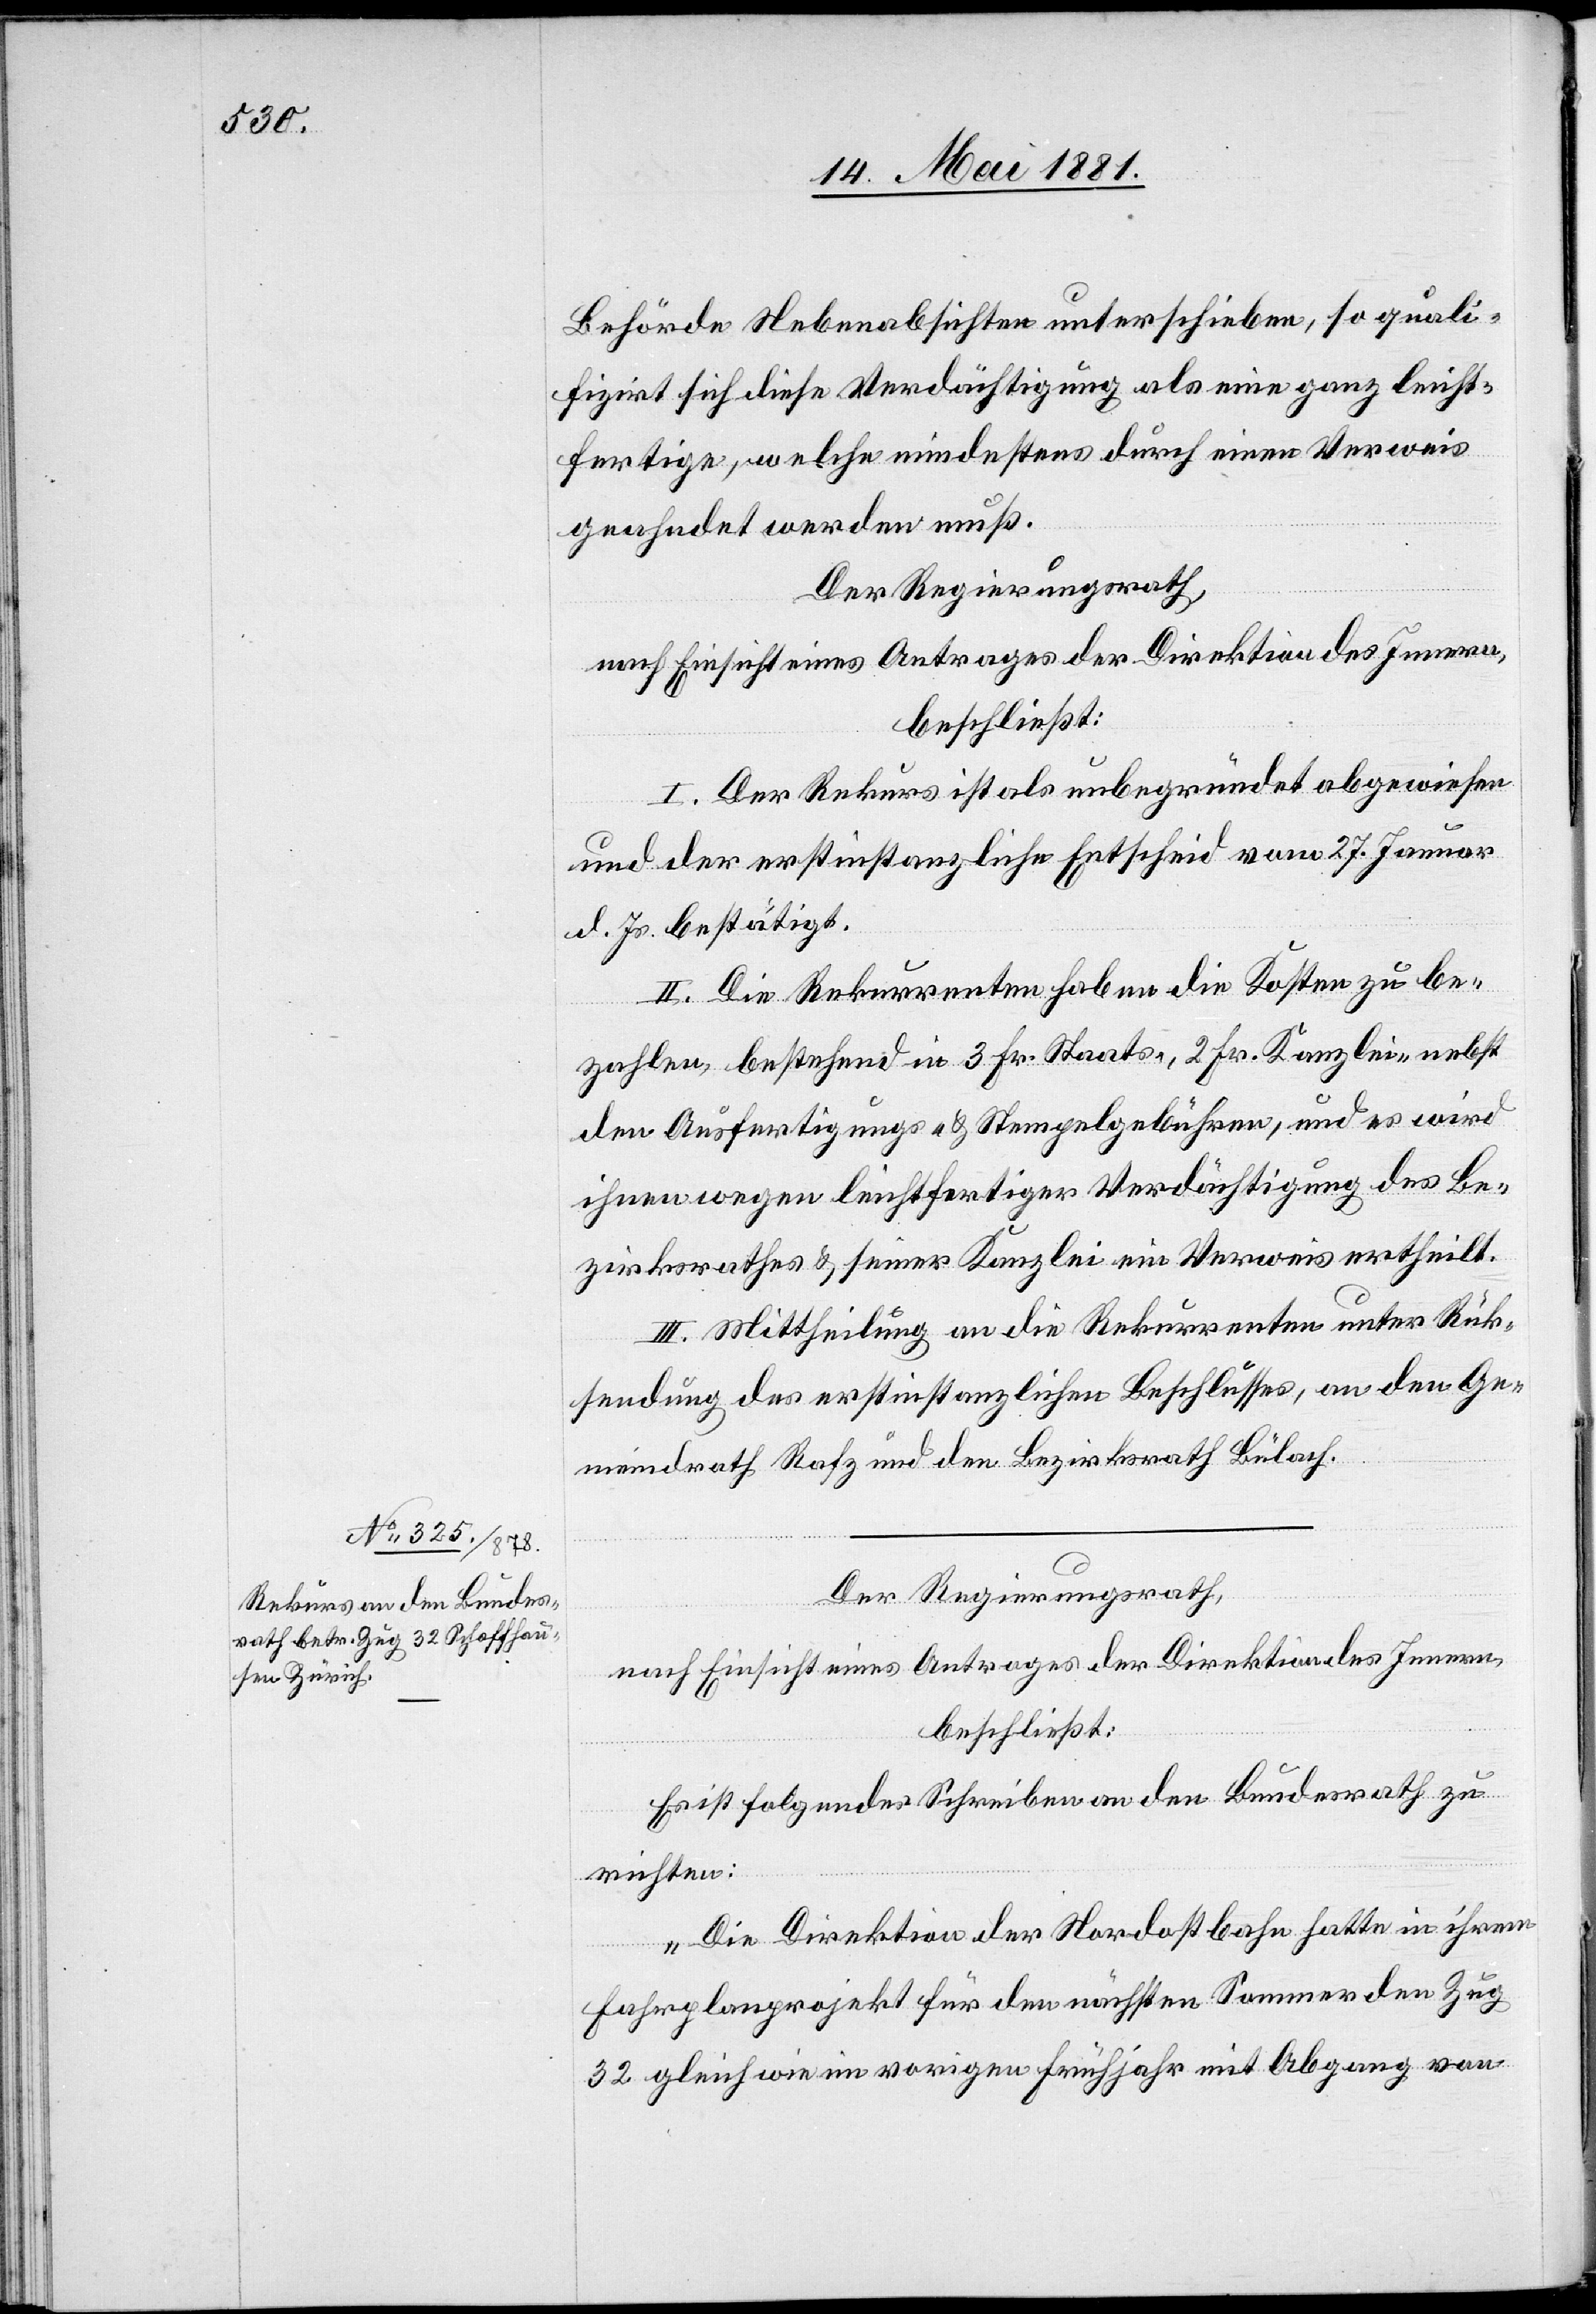
Behörde Nebenabsichten unterschieben, so quali¬
fizirt sich diese Verdächtigung als eine ganz leicht¬
fertige, welche mindestens durch einen Verweis
geahndet werden muß.
Der Regierungsrath,
nach Einsicht eines Antrages der Direktion des Innern,
beschließt:
I. Der Rekurs ist als unbegründet abgewiesen
und der erstinstanzliche Entscheid vom 27. Januar
d. Js. bestätigt.
II. Die Rekurrenten haben die Kosten zu be¬
zahlen, bestehend in 3 Fr. Staats, 2 Fr. Kanzlei- nebst
den Ausfertigungs- & Stempelgebühren, und es wird
ihnen wegen leichtfertiger Verdächtigung des Be¬
zirksrathes & seiner Kanzlei ein Verweis ertheilt.
III. Mittheilung an die Rekurrenten unter Rück¬
sendung des erstinstanzlichen Beschlusses, an den Ge¬
meindrath Rafz und den Bezirksrath Bülach.
Der Regierungsrath,
nach Einsicht eines Antrages der Direktion des Innern,
beschließt:
Es ist folgendes Schreiben an den Bundesrath zu
richten:
„Die Direktion der Nordostbahn hatte in ihrem
Fahrplanprojekt für den nächsten Sommer den Zug
32 gleich wie im vorigen Frühjahr mit Abgang von